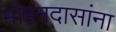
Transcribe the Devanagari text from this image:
मोहनदासांना